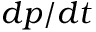
d p / d t